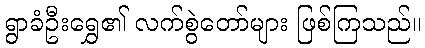
ရွာခံဦးရွှေ၏ လက်စွဲတော်များ ဖြစ်ကြသည်။